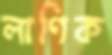
লাণিক